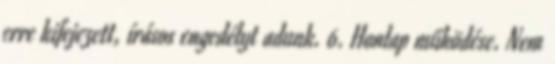
erre kifejezett, írásos engedélyt adunk. 6. Honlap működése. Nem